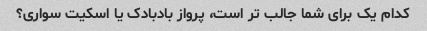
کدام یک برای شما جالب تر است، پرواز بادبادک یا اسکیت سواری؟